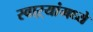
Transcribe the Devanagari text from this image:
स्वाऱ्यांमध्ये